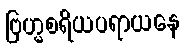
ဗြဟ္မစရိယပရာယနေ